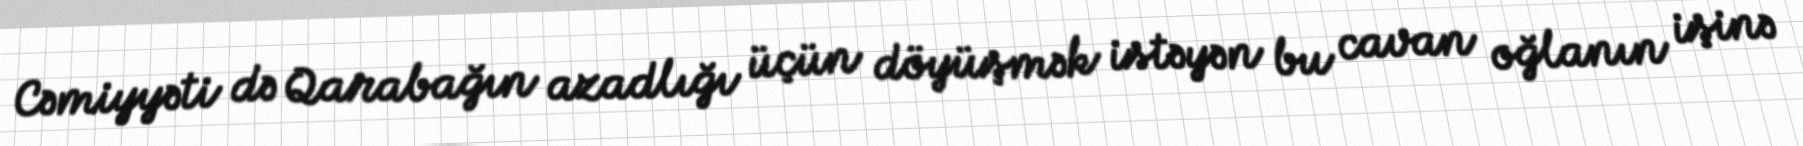
Cəmiyyəti də Qarabağın azadlığı üçün döyüşmək istəyən bu cavan oğlanın işinə